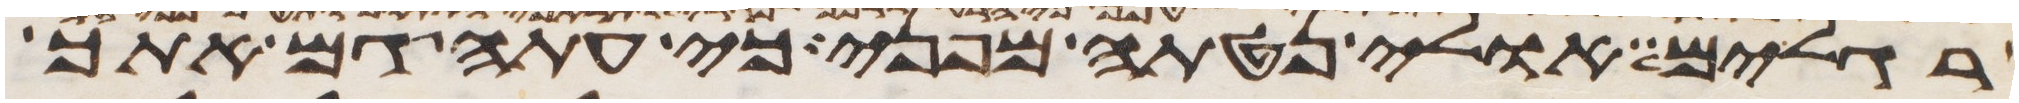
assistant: רגלים אולי נטתה מפני כי עתה גם אתך